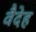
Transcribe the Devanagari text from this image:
वैदेह